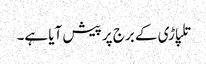
تلپاڑی کے برج پر پیش آیا ہے۔